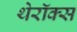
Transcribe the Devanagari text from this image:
थेरॉक्स